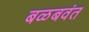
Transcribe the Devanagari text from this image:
बळबवंत